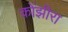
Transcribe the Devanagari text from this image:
कोंझीरा